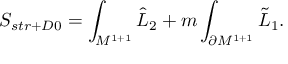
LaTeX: S _ { s t r + D 0 } = \int _ { { \cal M } ^ { 1 + 1 } } { \hat { \cal L } } _ { 2 } + m \int _ { \partial { \cal M } ^ { 1 + 1 } } { \tilde { \cal L } } _ { 1 } .